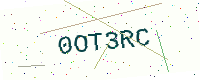
Text: 0OT3RC